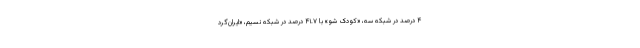
۴ درصد در شبکه سه، «کودک شو» با ۴۱.۷ درصد در شبکه نسیم، «ایران‌گرد